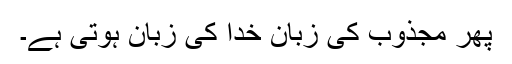
پھر مجذوب کی زبان خدا کی زبان ہوتی ہے۔